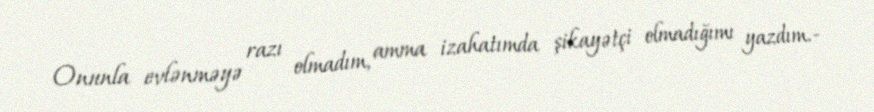
Onunla evlənməyə razı olmadım, amma izahatımda şikayətçi olmadığımı yazdım.-